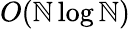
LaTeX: O(\mathbb{N}\log\mathbb{N})